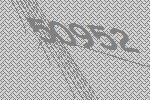
50952